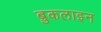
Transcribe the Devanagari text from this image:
ब्रुकलाइन